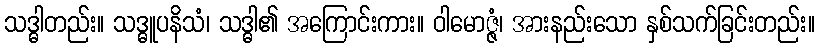
သဒ္ဓါတည်း။ သဒ္ဓူပနိသံ၊ သဒ္ဓါ၏ အကြောင်းကား။ ဝါမောဇ္ဇံ၊ အားနည်းသော နှစ်သက်ခြင်းတည်း။